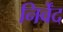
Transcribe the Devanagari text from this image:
निर्वेंद